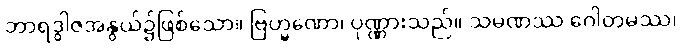
ဘာရဒွါဇအနွယ်၌ဖြစ်သော။ ဗြဟ္မဏော၊ ပုဏ္ဏားသည်။ သမဏဿ ဂေါတမဿ၊